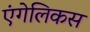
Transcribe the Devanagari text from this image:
एंगेलिकस